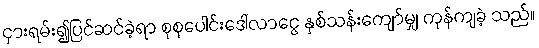
ငှားရမ်း၍ပြင်ဆင်ခဲ့ရာ စုစုပေါင်းဒေါ်လာငွေ နှစ်သန်းကျော်မျှ ကုန်ကျခဲ့ သည်။